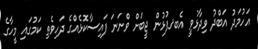
އަހުމަދު އަބްދު ވިދާޅުވީ އެބޤފުޅުން ޖީބަށް ވްނަނަ ފައިސާކޮޅެއްގެ ދަހިވެތި ކަމުގައި މީހާގެ